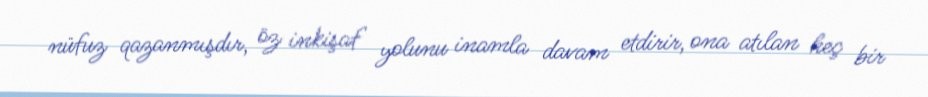
nüfuz qazanmışdır, öz inkişaf yolunu inamla davam etdirir, ona atılan heç bir